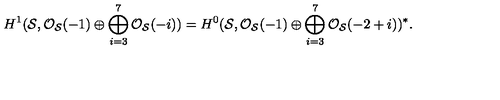
H ^ { 1 } ( { \cal S } , { \cal O } _ { { \cal S } } ( - 1 ) \oplus \bigoplus _ { i = 3 } ^ { 7 } { \cal O } _ { { \cal S } } ( - i ) ) = H ^ { 0 } ( { \cal S } , { \cal O } _ { { \cal S } } ( - 1 ) \oplus \bigoplus _ { i = 3 } ^ { 7 } { \cal O } _ { { \cal S } } ( - 2 + i ) ) ^ { * } .